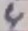
Text: 4